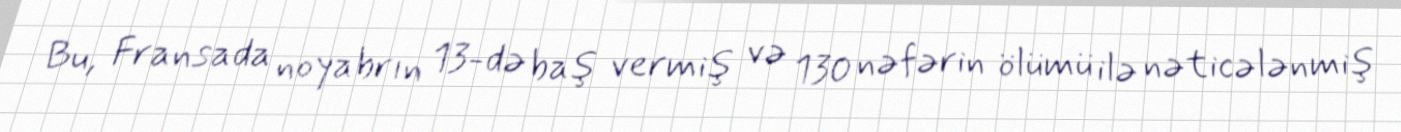
Bu, Fransada noyabrın 13-də baş vermiş və 130 nəfərin ölümü ilə nəticələnmiş